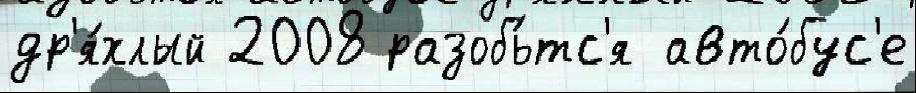
др'я́хлый 2008 разобь́тс'я авто́бус'е